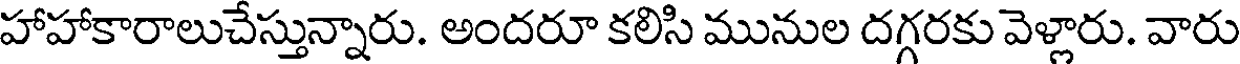
హాహాకారాలుచేస్తున్నారు. అందరూ కలిసి మునుల దగ్గరకు వెళ్లారు. వారు